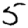
Digit: 5